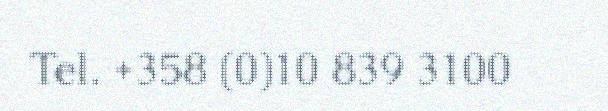
Tel. +358 (0)10 839 3100